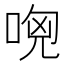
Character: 𠴶